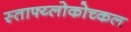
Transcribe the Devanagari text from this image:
स्ताफ्य्लोकोच्कल